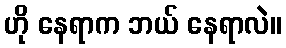
ဟို နေရာက ဘယ် နေရာလဲ။